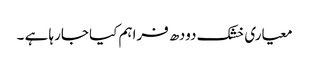
معیاری خشک دودھ فراہم کیا جارہا ہے ۔